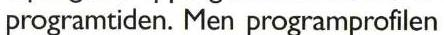
programtiden. Men programprofilen